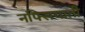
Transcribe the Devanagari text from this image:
नफ्सियाती